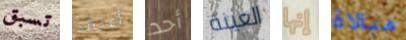
تسبق أعتقد أحد العينة إنها مبالاة